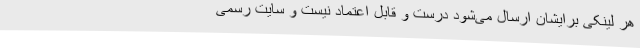
هر لینکی برایشان ارسال می‌شود درست و قابل اعتماد نیست و سایت رسمی